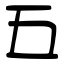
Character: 五